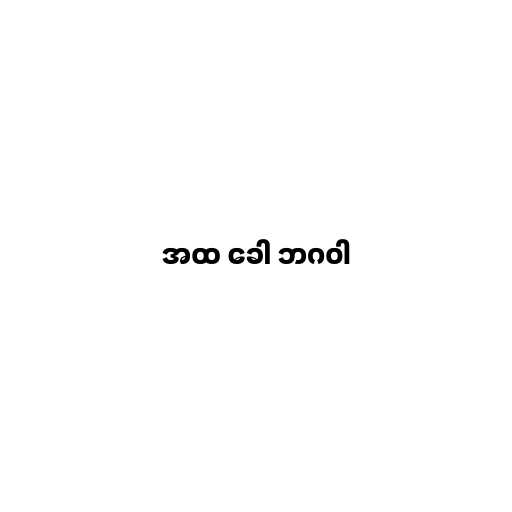
အထ ခေါ ဘဂဝါ